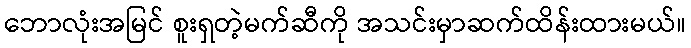
ဘောလုံးအမြင် စူးရှတဲ့မက်ဆီကို အသင်းမှာဆက်ထိန်းထားမယ်။